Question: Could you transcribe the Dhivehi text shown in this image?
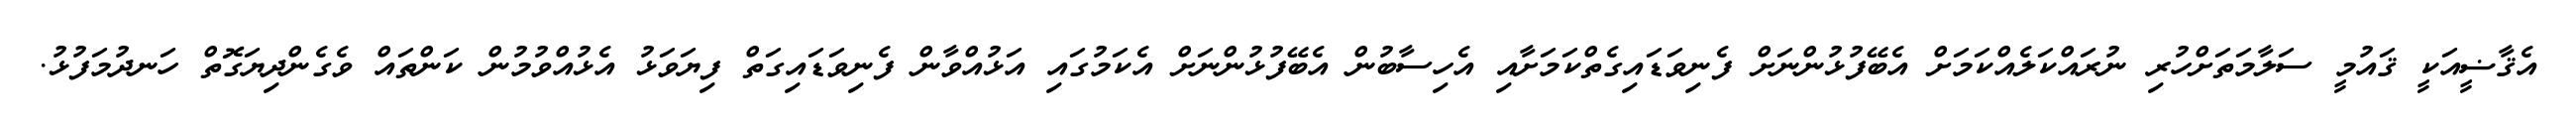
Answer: އެޤާޟީއަކީ ޤައުމީ ސަލާމަތަށްހުރި ނުރައްކަލެއްކަމަށް އެބޭފުޅުންނަށް ފެނިވަޑައިގެތްކަމަށާއި އެހިސާބުން އެބޭފުޅުންނަށް އެކަމުގައި އަޅުއްވާން ފެނިވަޑައިގަތް ފިޔަވަޅު އެޅުއްވުމުން ކަންތައް ވެގެންދިޔަގޮތް ހަނދުމަފުޅު.